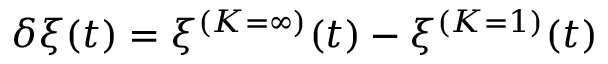
\delta \xi ( t ) = \xi ^ { ( K = \infty ) } ( t ) - \xi ^ { ( K = 1 ) } ( t )